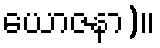
ယောဇနာ)။